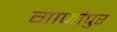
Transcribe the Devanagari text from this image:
गाजांपुर